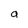
Character: a